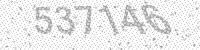
Solution: 537146